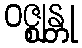
ဝဇ္ဈန္တု